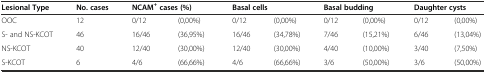
<table><thead><tr><td><b>Lesional Type</b></td><td><b>No. cases</b></td><td colspan="2"><b>NCAM<sup>+</sup>cases (%)</b></td><td colspan="2"><b>Basal cells</b></td><td colspan="2"><b>Basal budding</b></td><td colspan="2"><b>Daughter cysts</b></td></tr></thead><tbody><tr><td>OOC</td><td>12</td><td>0/12</td><td>(0,00%)</td><td>0/12</td><td>(0,00%)</td><td>0/12</td><td>(0,00%)</td><td>0/12</td><td>(0,00%)</td></tr><tr><td>S- and NS-KCOT</td><td>46</td><td>16/46</td><td>(36,95%)</td><td>16/46</td><td>(34,78%)</td><td>7/46</td><td>(15,21%)</td><td>6/46</td><td>(13,04%)</td></tr><tr><td>NS-KCOT</td><td>40</td><td>12/40</td><td>(30,00%)</td><td>12/40</td><td>(30,00%)</td><td>4/40</td><td>(10,00%)</td><td>3/40</td><td>(7,50%)</td></tr><tr><td>S-KCOT</td><td>6</td><td>4/6</td><td>(66,66%)</td><td>4/6</td><td>(66,66%)</td><td>3/6</td><td>(50,00%)</td><td>3/6</td><td>(50,00%)</td></tr></tbody></table>